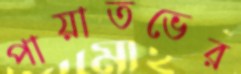
পায়াতভের